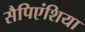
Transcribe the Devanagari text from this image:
सैपिएंशिया